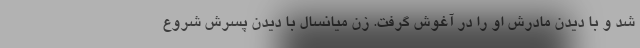
شد و با دیدن مادرش او را در آغوش گرفت. ‌زن میانسال با دیدن پسرش شروع